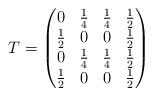
LaTeX: \begin{align*}T=\begin{pmatrix}0&\frac{1}{4}&\frac{1}{4}&\frac{1}{2}\\\frac{1}{2}&0&0&\frac{1}{2}\\0&\frac{1}{4}&\frac{1}{4}&\frac{1}{2}\\\frac{1}{2}&0&0&\frac{1}{2}\end{pmatrix}\end{align*}